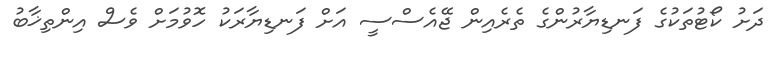
ދަށު ކޯޓުތަކުގެ ފަނޑިޔާރުންގެ ތެރެއިން ޖޭއެސްސީ އަށް ފަނޑިޔާރަކު ހޮވުމަށް ވެސް އިންތިޚާބު